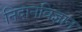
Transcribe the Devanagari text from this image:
निदानविज्ञान